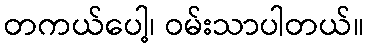
တကယ်ပေါ့၊ ဝမ်းသာပါတယ်။